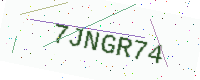
Text: 7JNGR74